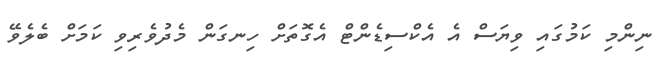
ނިންމި ކަމުގައި ވިޔަސް އެ އެކްސިޑެންޓް އެގޮތަށް ހިނގަން މެދުވެރިވި ކަމަށް ބެލެވޭ